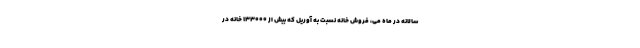
سالانه در ماه می، فروش خانه نسبت به آوریل که بیش از ۱۳۳۰۰۰ خانه در